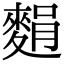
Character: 𪌭